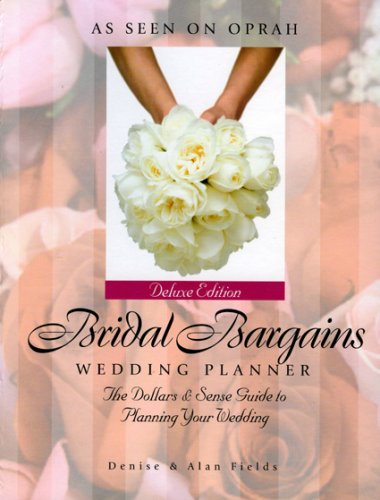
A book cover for Bridal Bargains Wedding Planner: The Dollars & Sense Guide to Planning Your Wedding; Denise Fields; Crafts, Hobbies & Home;